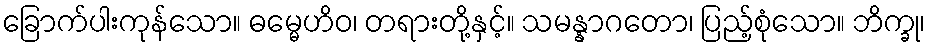
ခြောက်ပါးကုန်သော။ ဓမ္မေဟိဝ၊ တရားတို့နှင့်။ သမန္နာဂတော၊ ပြည့်စုံသော။ ဘိက္ခု၊